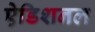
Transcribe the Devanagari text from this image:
ऐडिशनल